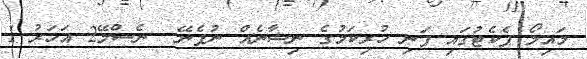
މައިލޯ ޕެކެޓުގައި ފަނި ހުރިކަމުގެ ނިޝާނެއް ނުފެނޭ  ނެސްލޭ2 އަހަރު 1